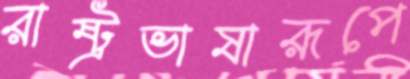
রাষ্ট্রভাষারূপে